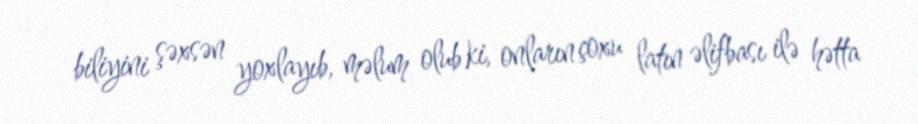
biliyini şəxsən yoxlayıb, məlum olub ki, onların çoxu latın əlifbası ilə hətta